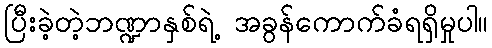
ပြီးခဲ့တဲ့ဘဏ္ဍာနှစ်ရဲ့ အခွန်ကောက်ခံရရှိမှုပါ။